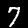
Digit: 7